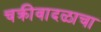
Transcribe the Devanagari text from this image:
चक्रीवादळाचा